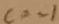
c = - 1